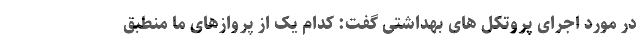
در مورد اجرای پروتکل های بهداشتی گفت: کدام یک از پروازهای ما منطبق